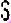
S